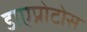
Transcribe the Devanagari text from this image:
डाएप्रोटोस